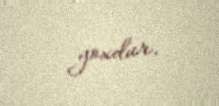
yoxdur.